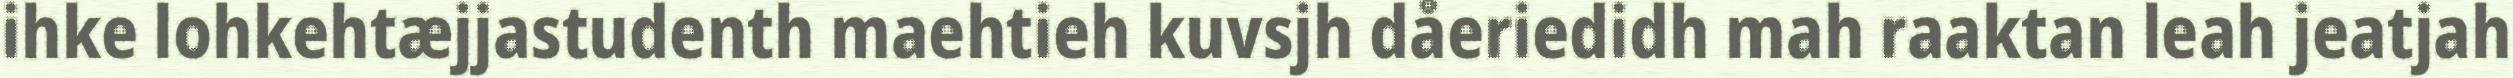
ihke lohkehtæjjastudenth maehtieh kuvsjh dåeriedidh mah raaktan leah jeatjah